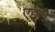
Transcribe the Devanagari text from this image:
एहते